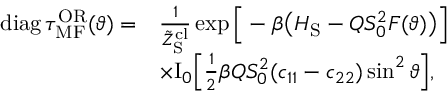
\begin{array} { r l } { \mathrm { d i a g } \, \tau _ { \mathrm { M F } } ^ { \mathrm { O R } } ( \vartheta ) = } & { \frac { 1 } { \tilde { Z } _ { \mathrm { S } } ^ { \mathrm { c l } } } \exp \Big [ - \beta \big ( H _ { \mathrm { S } } - Q S _ { 0 } ^ { 2 } F ( \vartheta ) \big ) \Big ] } \\ & { \times \mathrm { I } _ { 0 } \Big [ \frac { 1 } { 2 } \beta Q S _ { 0 } ^ { 2 } ( c _ { 1 1 } - c _ { 2 2 } ) \sin ^ { 2 } \vartheta \Big ] , } \end{array}